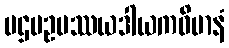
ပဌမဥပဿယဒါယကဝိမာနံ